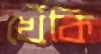
খেঁকি